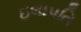
ઇલાપતિ